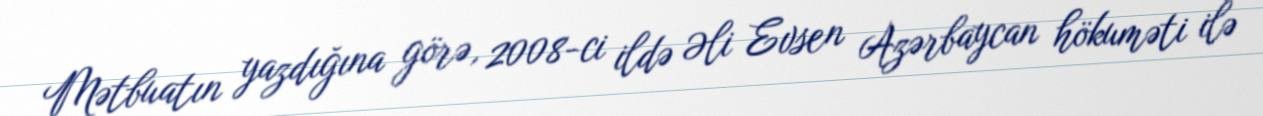
Mətbuatın yazdığına görə, 2008-ci ildə Əli Evsen Azərbaycan hökuməti ilə